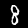
Label: 8